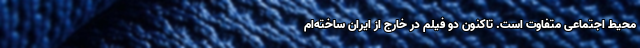
محیط اجتماعی متفاوت است. تاکنون دو فیلم در خارج از ایران ساخته‌ام